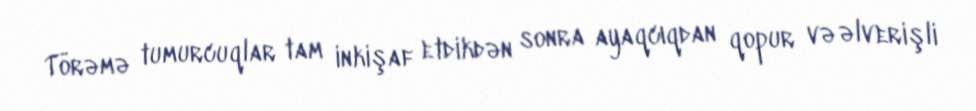
Törəmə tumurcuqlar tam inkişaf etdikdən sonra ayaqcıqdan qopur və əlverişli